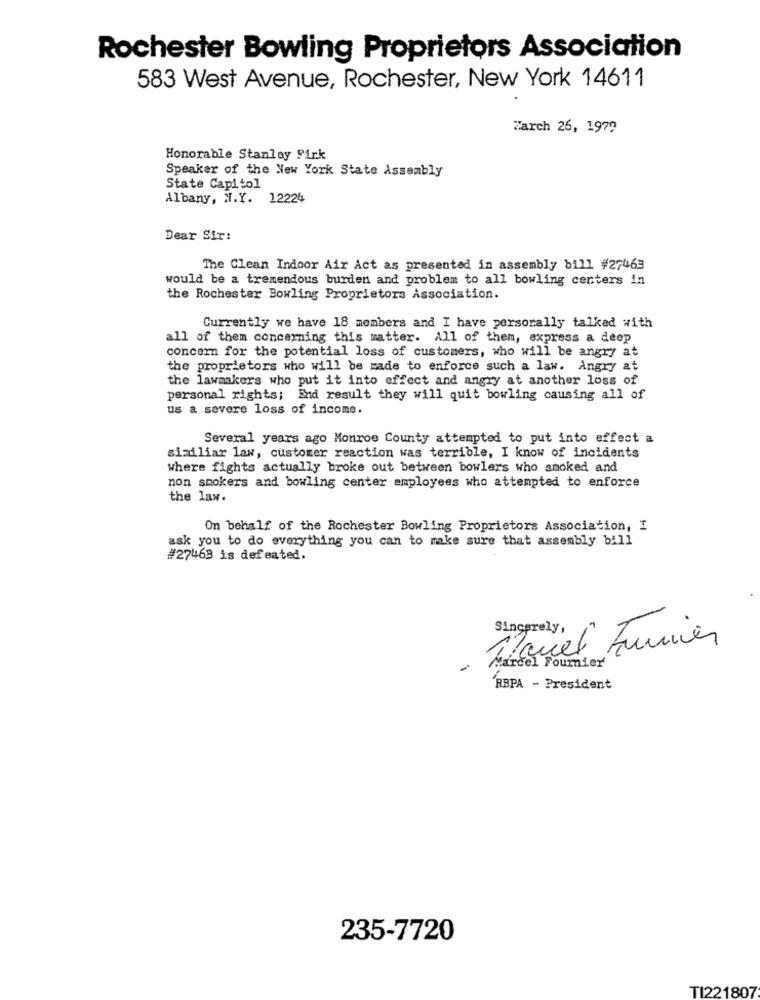
Rochester Bowling Proprietors Association
583 West Avenue, Rochester, New York 14611
Zarch 26, 1979
Honorable Stanley Firk
Speaker of the New York State Assembly
State Capitol
Albany, N.Y. 12224
Dear Sir:
The Clean Indoor Air Act as presented in assembly bill #27463
would be a tremendous burden and problem to all bowling centers in
the Rochester Bowling Proprietors Association.
Currently we have 18 members and I have personally talked with
all of them concerning this matter. All of them, express a deep
concern for the potential loss of customers, who will be angry at
the proprietors who will be made to enforce such a law. Angry at
the lawmakers who put it into effect and angry at another loss of
personal rights; End result they will quit bowling causing all of
us a severe loss of income.
Several years ago Monroe County attempted to put into effect a
siziliar law, customer reaction was terrible, I know of incidents
where fights actually broke out between bowlers who smoked and
non smokers and bowling center employees who attempted to enforce
the law.
On behalf of the Rochester Bowling Proprietors Association, I
ask you to do everything you can to make sure that assembly bill
#27463 is defeated.
Manuel Funier
-
Marcel Fournier
RBPA - President
235-7720
TI221807